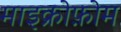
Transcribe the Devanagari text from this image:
माइक्रोफ़ोम